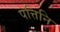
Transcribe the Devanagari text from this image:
पत्तिनि